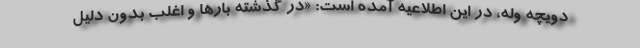
دویچه وله، در این اطلاعیه آمده است: «در گذشته بارها و اغلب بدون دلیل